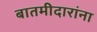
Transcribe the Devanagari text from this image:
बातमीदारांना